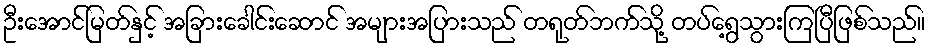
ဦးအောင်မြတ်နှင့် အခြားခေါင်းဆောင် အများအပြားသည် တရုတ်ဘက်သို့ တပ်ရွေ့သွားကြပြီဖြစ်သည်။